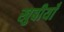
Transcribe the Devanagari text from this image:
खुबीयाँ